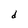
Character: d